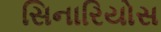
સિનારિયોસ